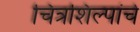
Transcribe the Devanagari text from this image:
चित्रशिल्पांचे